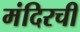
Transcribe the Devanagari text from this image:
मंदिरची